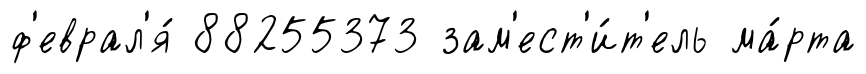
ф'еврал'я́ 88255373 зам'ест'и́т'ель ма́рта